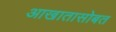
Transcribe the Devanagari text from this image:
आखातासोबत